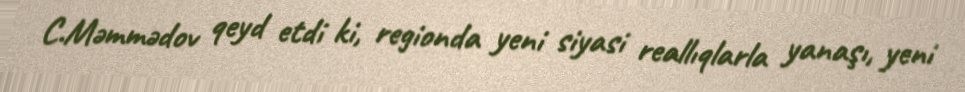
C.Məmmədov qeyd etdi ki, regionda yeni siyasi reallıqlarla yanaşı, yeni